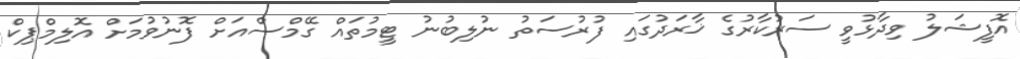
އޮފީޝަލު ވިދާޅުވީ ސަރުކާރުގެ ޚާރަދުގައި ފުރުސަތު ނުލިބުނު ޓީމުތައް ގޭމްސްއަށް ފޮނުވުމަށް އޮލިމްޕިކް